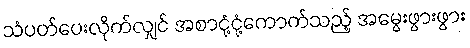
သံပတ်ပေးလိုက်လျှင် အစာငုံ့ငုံ့ကောက်သည့် အမွေးဖွားဖွား